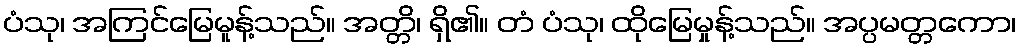
ပံသု၊ အကြင်မြေမူန့်သည်။ အတ္တိ၊ ရှိ၏။ တံ ပံသု၊ ထိုမြေမှုန့်သည်။ အပ္ပမတ္တကော၊